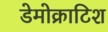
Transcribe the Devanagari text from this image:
डेमोक्राटिश